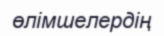
өлімшелердің